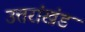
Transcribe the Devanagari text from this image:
उत्तरांखंड